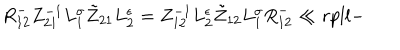
LaTeX: { R } _ { 1 2 } ^ { - } Z _ { 2 1 } ^ { - 1 } L _ { 1 } ^ { \sigma } \tilde { Z } _ { 2 1 } L _ { 2 } ^ { \epsilon } = Z _ { 1 2 } ^ { - 1 } L _ { 2 } ^ { \epsilon } \tilde { Z } _ { 1 2 } L _ { 1 } ^ { \sigma } { R } _ { 1 2 } ^ { - } \ll { r p l l - }